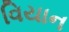
વિયાન